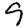
Digit: 9